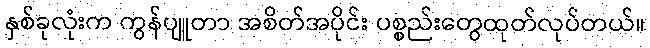
နှစ်ခုလုံးက ကွန်ပျူတာ အစိတ်အပိုင်း ပစ္စည်းတွေထုတ်လုပ်တယ်။